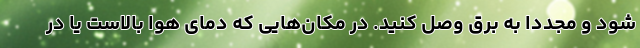
شود و مجددا به برق وصل کنید. در مکان‌هایی که دمای هوا بالاست یا در